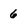
Character: 6